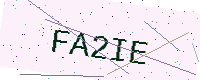
Text: FA2IE